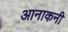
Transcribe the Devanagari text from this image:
आनाकनी